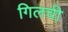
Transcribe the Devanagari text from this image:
गिलची